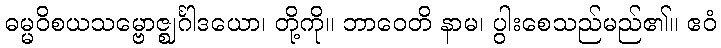
ဓမ္မဝိစယသမ္ဗောဇ္ဈင်္ဂါဒယော၊ တို့ကို။ ဘာဝေတိ နာမ၊ ပွါးစေသည်မည်၏။ ဧဝံ